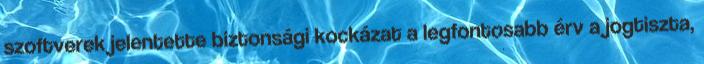
szoftverek jelentette biztonsági kockázat a legfontosabb érv a jogtiszta,